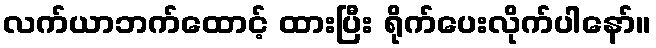
လက်ယာဘက်ထောင့် ထားပြီး ရိုက်ပေးလိုက်ပါနော်။